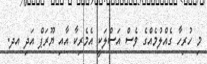
މި ހުރިހާ ގެއްލުމެއްގެ ވެސް އަސްލަކީ އެމެރިކާ އާއި ޔޫރަޕް އަދި އދ.